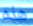
هذه